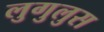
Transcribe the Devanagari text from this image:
लुगुलुस